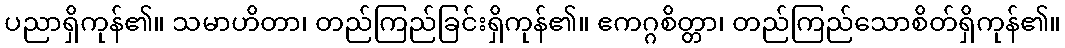
ပညာရှိကုန်၏။ သမာဟိတာ၊ တည်ကြည်ခြင်းရှိကုန်၏။ ဧကဂ္ဂစိတ္တာ၊ တည်ကြည်သောစိတ်ရှိကုန်၏။